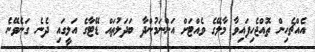
އެއްޗެހިން ތޮއްޖެހިފައިވާ މާލޭގެ ވެއްޓަށް އަންނަމުންދާ ބަދަލުތައް ޑޭޓާގެ އަލީގައި ދެނެ ގަނެވޭނެ